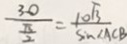
\frac { 3 0 } { \frac { \pi } { 2 } } = \frac { 1 0 \sqrt { 3 } } { \sin \angle A C B }